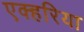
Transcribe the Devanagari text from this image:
एक्हरिया